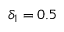
\delta _ { 1 } = 0 . 5